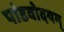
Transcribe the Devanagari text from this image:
पांडवोदयम्